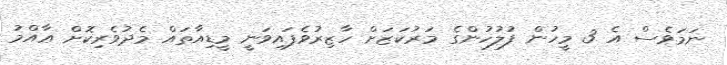
ނަމަވެސް އެ 3 މީހުން ފުލުހުންގެ މަރުކަޒަށް ހާޒިރުވެފައިވަނީ މީޑިއާތައް މެދުވެރިކޮށް ޢާއްމު